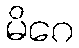
မိဂေ